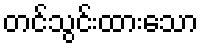
တင်သွင်းထားသော